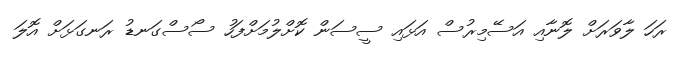
ރަހަ ލާވަރަށް ލޮނާއި އަސޭމިރުސް އަޅައި ސީސަން ކޮށްލުމަށްފަހު ސޯސްގަނޑު ރަނގަޅަށް އޮލަ